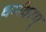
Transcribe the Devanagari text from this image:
धर्मवरम्